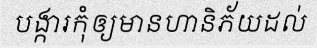
បង្ការកុំឲ្យមានហានិភ័យដល់